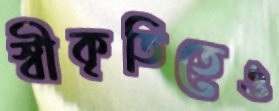
স্বীকৃতিতেও